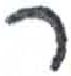
אות: ר